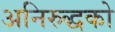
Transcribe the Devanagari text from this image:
अनिरुद्धको